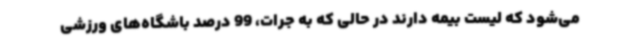
می‌شود که لیست بیمه دارند در حالی که به جرات، 99 درصد باشگاه‌های ورزشی